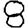
Digit: 8